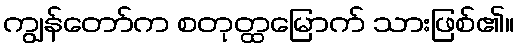
ကျွန်တော်က စတုတ္ထမြောက် သားဖြစ်၏။